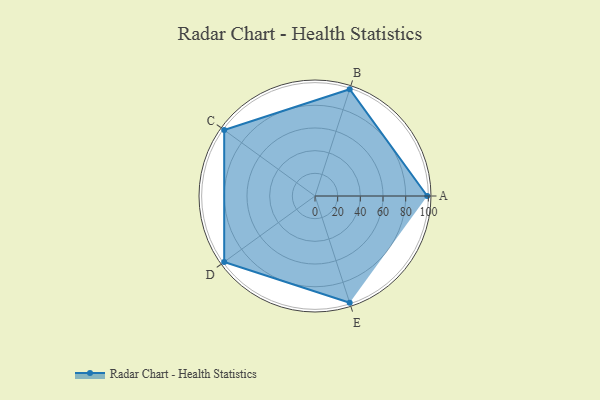
{"axis": {"x": "Skill", "y": "Score"}, "legend": ["Profile"], "data": [{"x": "A", "y": 99, "type": "Profile"}, {"x": "B", "y": 99, "type": "Profile"}, {"x": "C", "y": 99, "type": "Profile"}, {"x": "D", "y": 99, "type": "Profile"}, {"x": "E", "y": 99, "type": "Profile"}]}